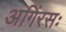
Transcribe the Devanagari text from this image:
अगिंरसः